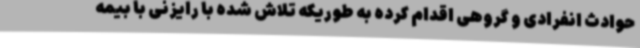
حوادث انفرادی و گروهی اقدام کرده به طوریکه تلاش شده با رایزنی با بیمه